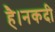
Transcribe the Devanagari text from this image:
है।नकदी